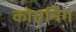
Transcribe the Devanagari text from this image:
कोएनिंग